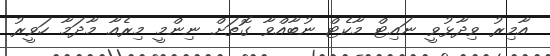
އާމިރު ވިދާޅުވީ ނައިޓް މާކެޓް ނުބާއްވާ ގޮތަށް ނިންމީ މިރެއާ މާދަމާ ހަވީރު